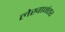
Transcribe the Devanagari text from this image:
लेखानंतर